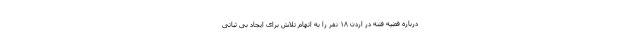
درباره قضیه فتنه در اردن ۱۸ نفر را به اتهام تلاش برای ایجاد بی ثباتی